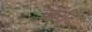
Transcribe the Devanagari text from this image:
काउटि